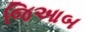
જિઆબ